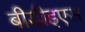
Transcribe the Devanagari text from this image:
बीडीइएस